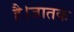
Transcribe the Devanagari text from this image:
है।जातक